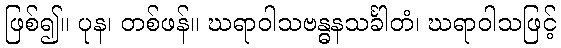
ဖြစ်၍။ ပုန၊ တစ်ဖန်။ ဃရာဝါသဗန္ဓနသင်္ခါတံ၊ ဃရာဝါသဖြင့်